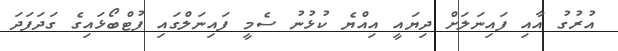
އުރުގު އާއި ފައިނަލަށް ދިޔައީ އިއްޔެ ކުޅުނު ސެމީ ފައިނަލްގައި ފުޓްބޯޅައިގެ ގަދަފަދަ